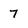
Character: 7